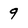
Character: 9